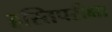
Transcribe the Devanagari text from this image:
हस्तिपरीक्षा